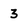
Character: 3